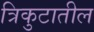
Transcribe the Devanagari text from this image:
त्रिकुटातील